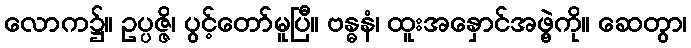
လောက၌။ ဥပ္ပဇ္ဇိ၊ ပွင့်တော်မူပြီ။ ဗန္ဓနံ၊ ထူးအနှောင်အဖွဲ့ကို။ ဆေတွာ၊